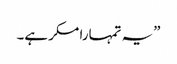
”یہ تمہارا مکر ہے۔